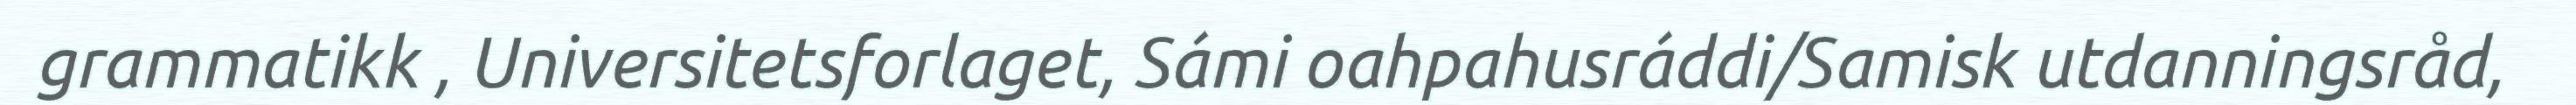
grammatikk , Universitetsforlaget, Sámi oahpahusráddi/Samisk utdanningsråd,